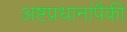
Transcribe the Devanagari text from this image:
अष्टप्रधानांपैकी